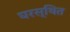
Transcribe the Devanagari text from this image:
घरस्थित